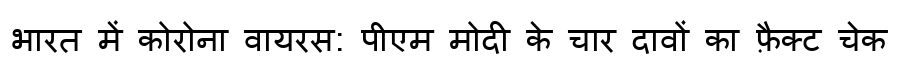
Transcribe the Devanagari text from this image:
भारत में कोरोना वायरस: पीएम मोदी के चार दावों का फ़ैक्ट चेक